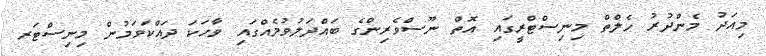
މިއަދު މެންދުރު ހެލްތް މިނިސްޓްރީގައި އޮތް ނޫސްވެރިންގެ ބައްދަލުވުމެއްގައި ވާހަކަ ދައްކަވަމުން މިނިސްޓަރ